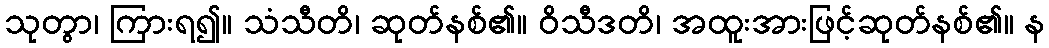
သုတွာ၊ ကြားရ၍။ သံသီတိ၊ ဆုတ်နစ်၏။ ဝိသီဒတိ၊ အထူးအားဖြင့်ဆုတ်နစ်၏။ န